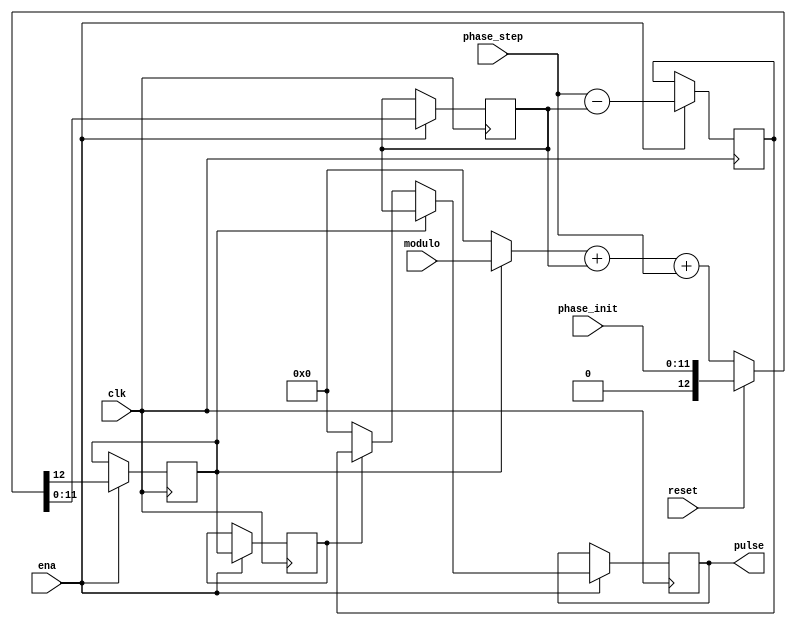
`timescale 1ns / 1ns
// First try to make an LCLS-2 beam pulser, 2014-11-17
// Closely related to common_hdl/ph_acc.v
// ena input allows use of a 188 MHz clock while the state logic
//   progresses at 94 MHz
// Nominal LCLS-2 configuration: phase_step=13, modulo=-1320, see beam_tb.v
// Beam pulses out last up to two cycles, have uniform integrated amplitude,
//   and the time between each pair of pulses (computed from the centroid of
//   each pulse) is correct (1320/13 cycles for the nominal configuration).
module beam(
	input clk,  // timespec 9.0 ns
	input ena,
	input reset,  // active high, synchronous with clk and ena
	output [11:0] pulse,
	(* external *)
	input [11:0] phase_step, // external
	(* external *)
	input [11:0] modulo,  // external
	// Initial phase value to align beam with individual cavities
	(* external *)
	input [11:0] phase_init  // external
);

reg carry=0, carry1=0;
reg [11:0] phase=0, resid, pulse_r=0;
always @(posedge clk) if (ena) begin
	{carry, phase} <= reset ? {1'b0, phase_init} : ((carry ? modulo : 12'b0) + phase + phase_step);
	carry1 <= carry;
	resid <= phase_step - phase;
	pulse_r <= carry ? phase : carry1 ? resid : 0;
end
assign pulse = pulse_r;

endmodule